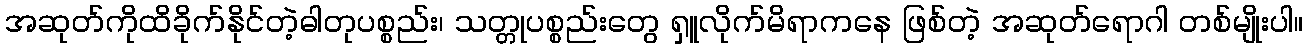
အဆုတ်ကိုထိခိုက်နိုင်တဲ့ဓါတုပစ္စည်း၊ သတ္တုပစ္စည်းတွေ ရှူလိုက်မိရာကနေ ဖြစ်တဲ့ အဆုတ်ရောဂါ တစ်မျိုးပါ။